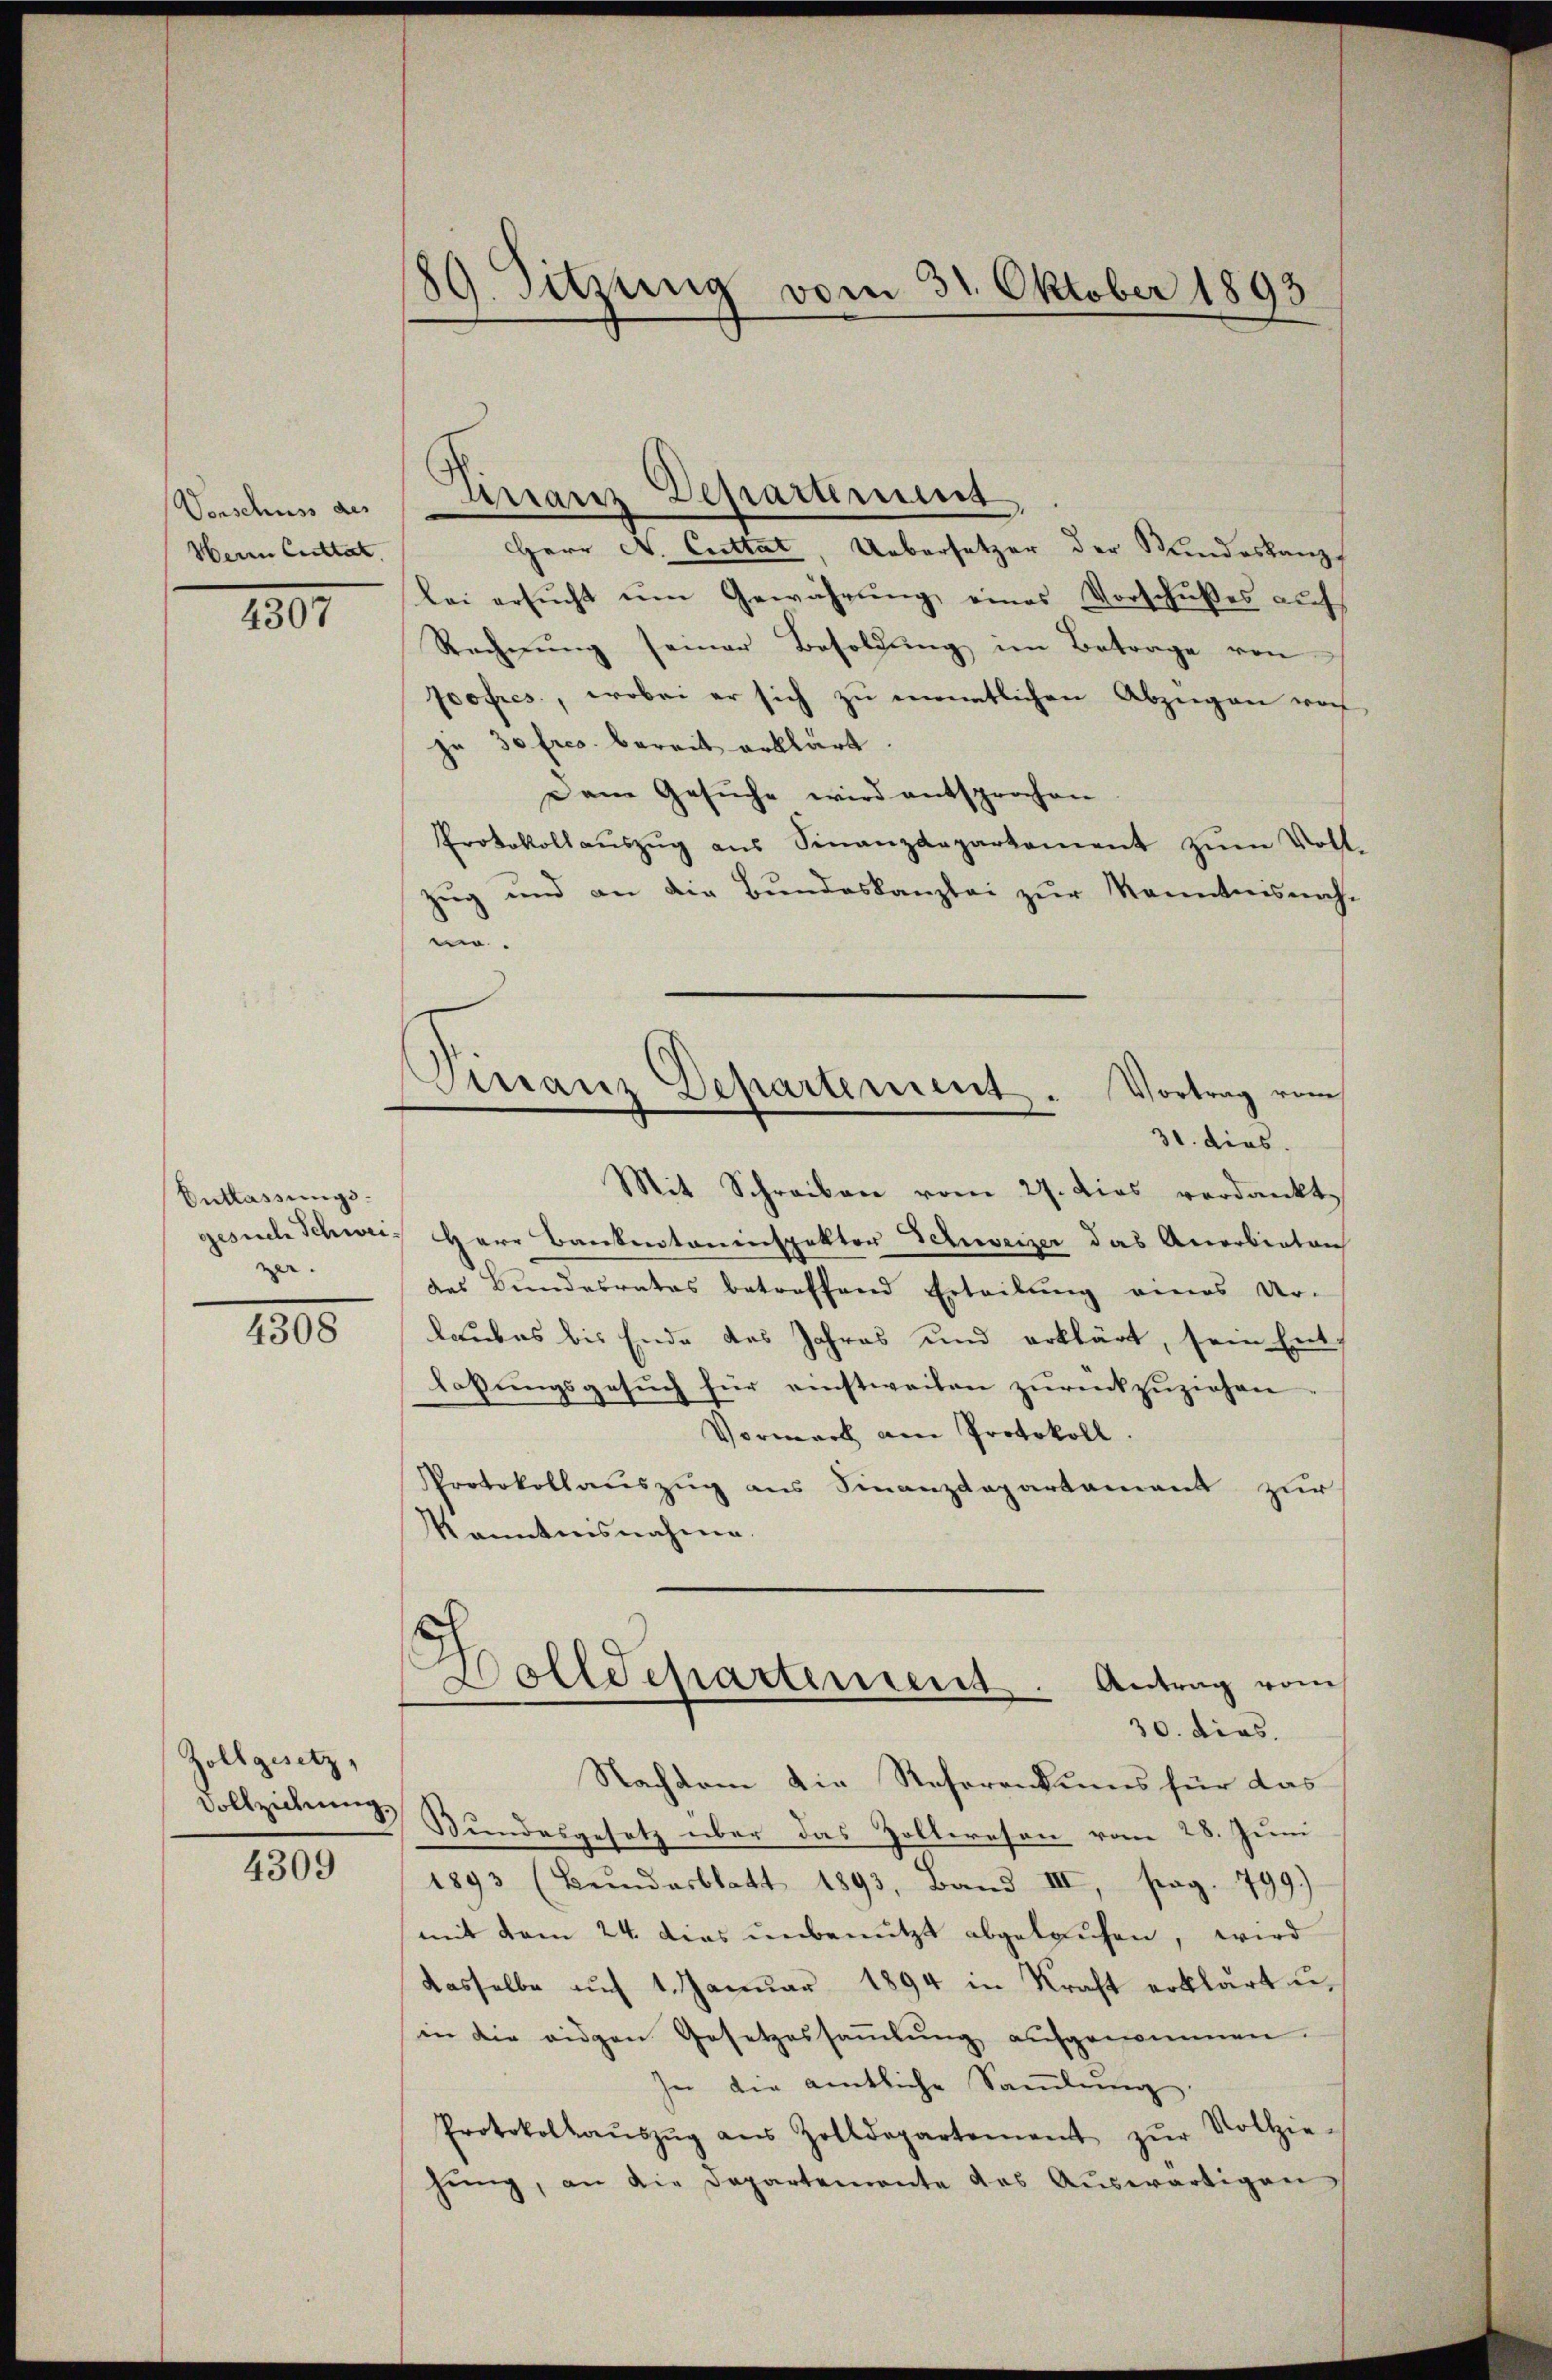
Vorschuss des
Herrn Cuttat.

1897

Entlassungsgesuch Schwei
e

4308

Zollgesetz,
4309

39. Sitzung vom 31. Oktober 1893

Finanz Departement
HHerr N. Cuttat, Uebersetzer der Kindeskanz
lei ersŭcht ŭm Gewährung eines Vorschußes auf
Rechnung seiner Besoldung im Betrage von
Joofres, wobei er sich zu manntlichen Abzügen vor
ju 30 fres. bereit erklärt.
Dem Gesuche wird entsprochen
Protokollaŭszŭg aŭs Finanzdepartement zŭm Voll
Zug und an die Bundeskanzlei zŭr Kenntnisnah
m.
Mit Schreiben vom 27. dies verdankt,
Herr Bankentaninspektor Schweizer das Accorbieten
des Bundesrates betreffend Erteilung eines Ur-
laubes bis Ende des Jahres und erklärt, sein Entlaßungsgesuch für einstweilen zurückzuziehen
Vormerk am Protokoll.
Protokollauszug aus Finanzdepartement zur
Kenntnisnahme.
h
Dolldepartement. Antrag vom
30. dies.
Nachdem die Referentums für das
Vollziehungs Bundesgesetz über das Zolleresen vom 28. Juni
1893 (Beundesblatt 1893, Band III, srag. 799)
mit dem 24. dies unbenutzt abgelaufen, wird
dasselbe auf 1. Januar 1894 in Kraft erklärt u.
in die eidgen Gesetzessammlung aufgenommen.
In die amtliche Saṁlŭng.
Protokollaŭszŭg aŭs Zolldepartement zŭr Vollzie-
hung, an die Departemente des Aŭswärtigen

Virranz Departement . Vortrag vom
30. dies